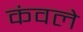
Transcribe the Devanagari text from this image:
कंवले